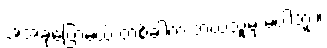
အဲအခုပြောမယ့် တစ်ခါက ဘယ်သူမှ မပါဘူး။